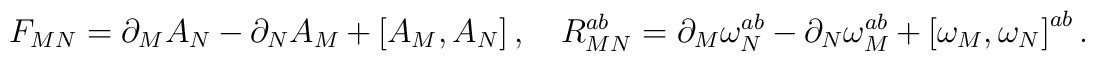
F_{MN}=\partial _{M}A_{N}-\partial _{N}A_{M}+\left[ A_{M},A_{N}\right],\quad R_{MN}^{ab}=\partial _{M}\omega _{N}^{ab}-\partial _{N}\omega_{M}^{ab}+\left[ \omega _{M},\omega _{N}\right] ^{ab}.